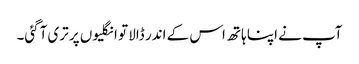
آپ نے اپنا ہاتھ اس کے اندر ڈالا تو انگلیوں پر تری آگئی۔